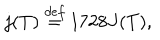
LaTeX: j ( T ) \stackrel { d e f } { = } 1 7 2 8 J ( T ) ,